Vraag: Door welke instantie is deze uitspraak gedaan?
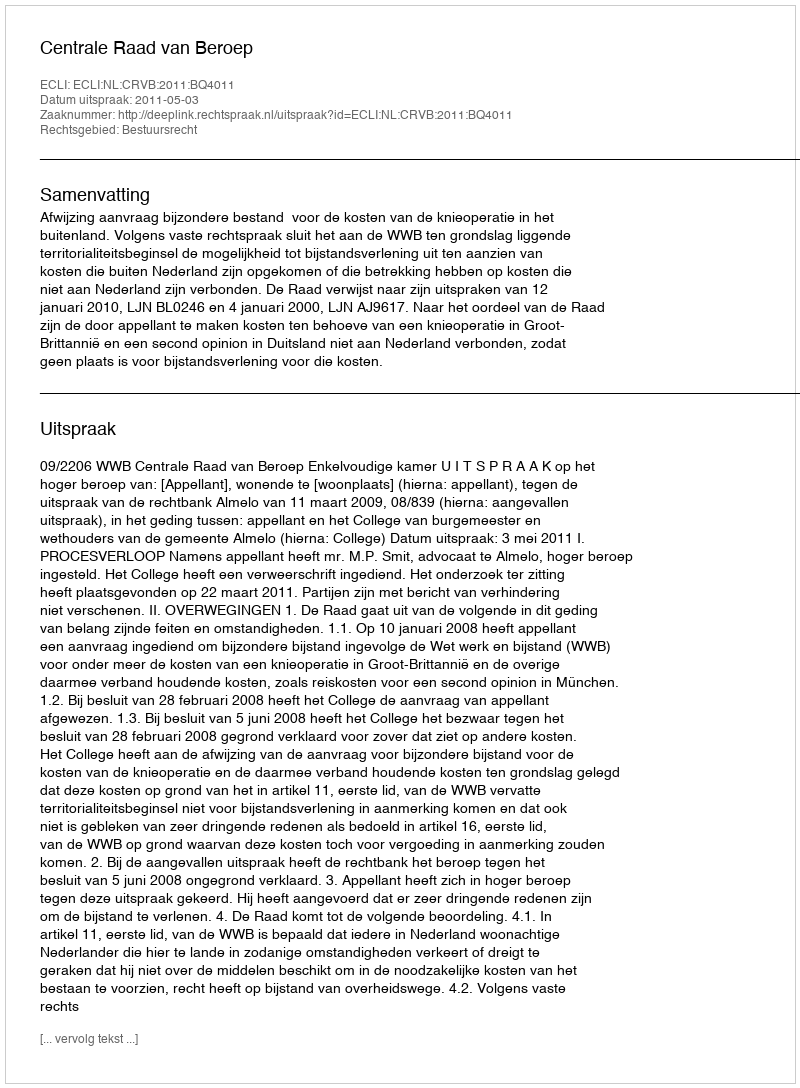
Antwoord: Centrale Raad van Beroep